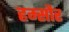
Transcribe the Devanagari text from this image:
हम्सौर